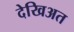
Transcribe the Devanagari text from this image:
देखिअत